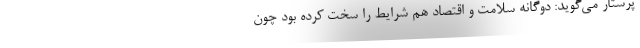
پرستار می‌گوید: دوگانه سلامت و اقتصاد هم شرایط را سخت کرده بود چون